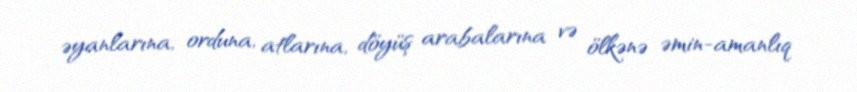
əyanlarına, orduna, atlarına, döyüş arabalarına və ölkənə əmin-amanlıq